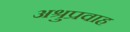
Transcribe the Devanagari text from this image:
अश्रुप्रवाह